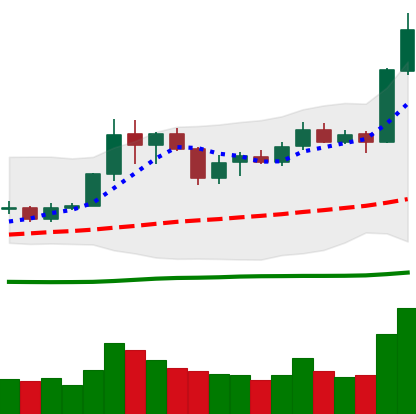
Ticker: LINK-USD
Chart end date: 2020-07-07
Forward return: 27.944%
Label: up_7plus